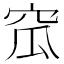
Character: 窊